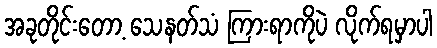
အခုတိုင်းတော့ သေနတ်သံ ကြားရာကိုပဲ လိုက်ရမှာပါ